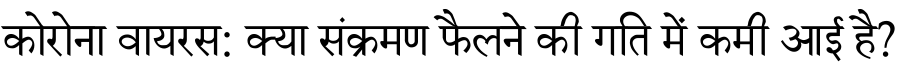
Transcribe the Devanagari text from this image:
कोरोना वायरस: क्या संक्रमण फैलने की गति में कमी आई है?